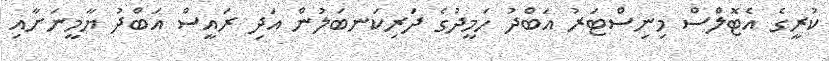
ކުރީގެ އެޓޮލްސް މިނިސްޓަރު އަބްދު ހަމީދުގެ ދަރިކަނބަލުން އަދި ރައީސް އަބްދު ޔާމީނަށާއި